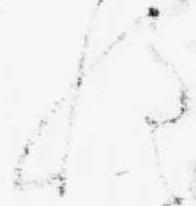
程